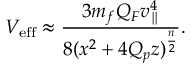
V _ { \mathrm { e f f } } \approx { \frac { 3 m _ { f } Q _ { F } v _ { \parallel } ^ { 4 } } { 8 ( x ^ { 2 } + 4 Q _ { p } z ) ^ { \frac { n } { 2 } } } } .